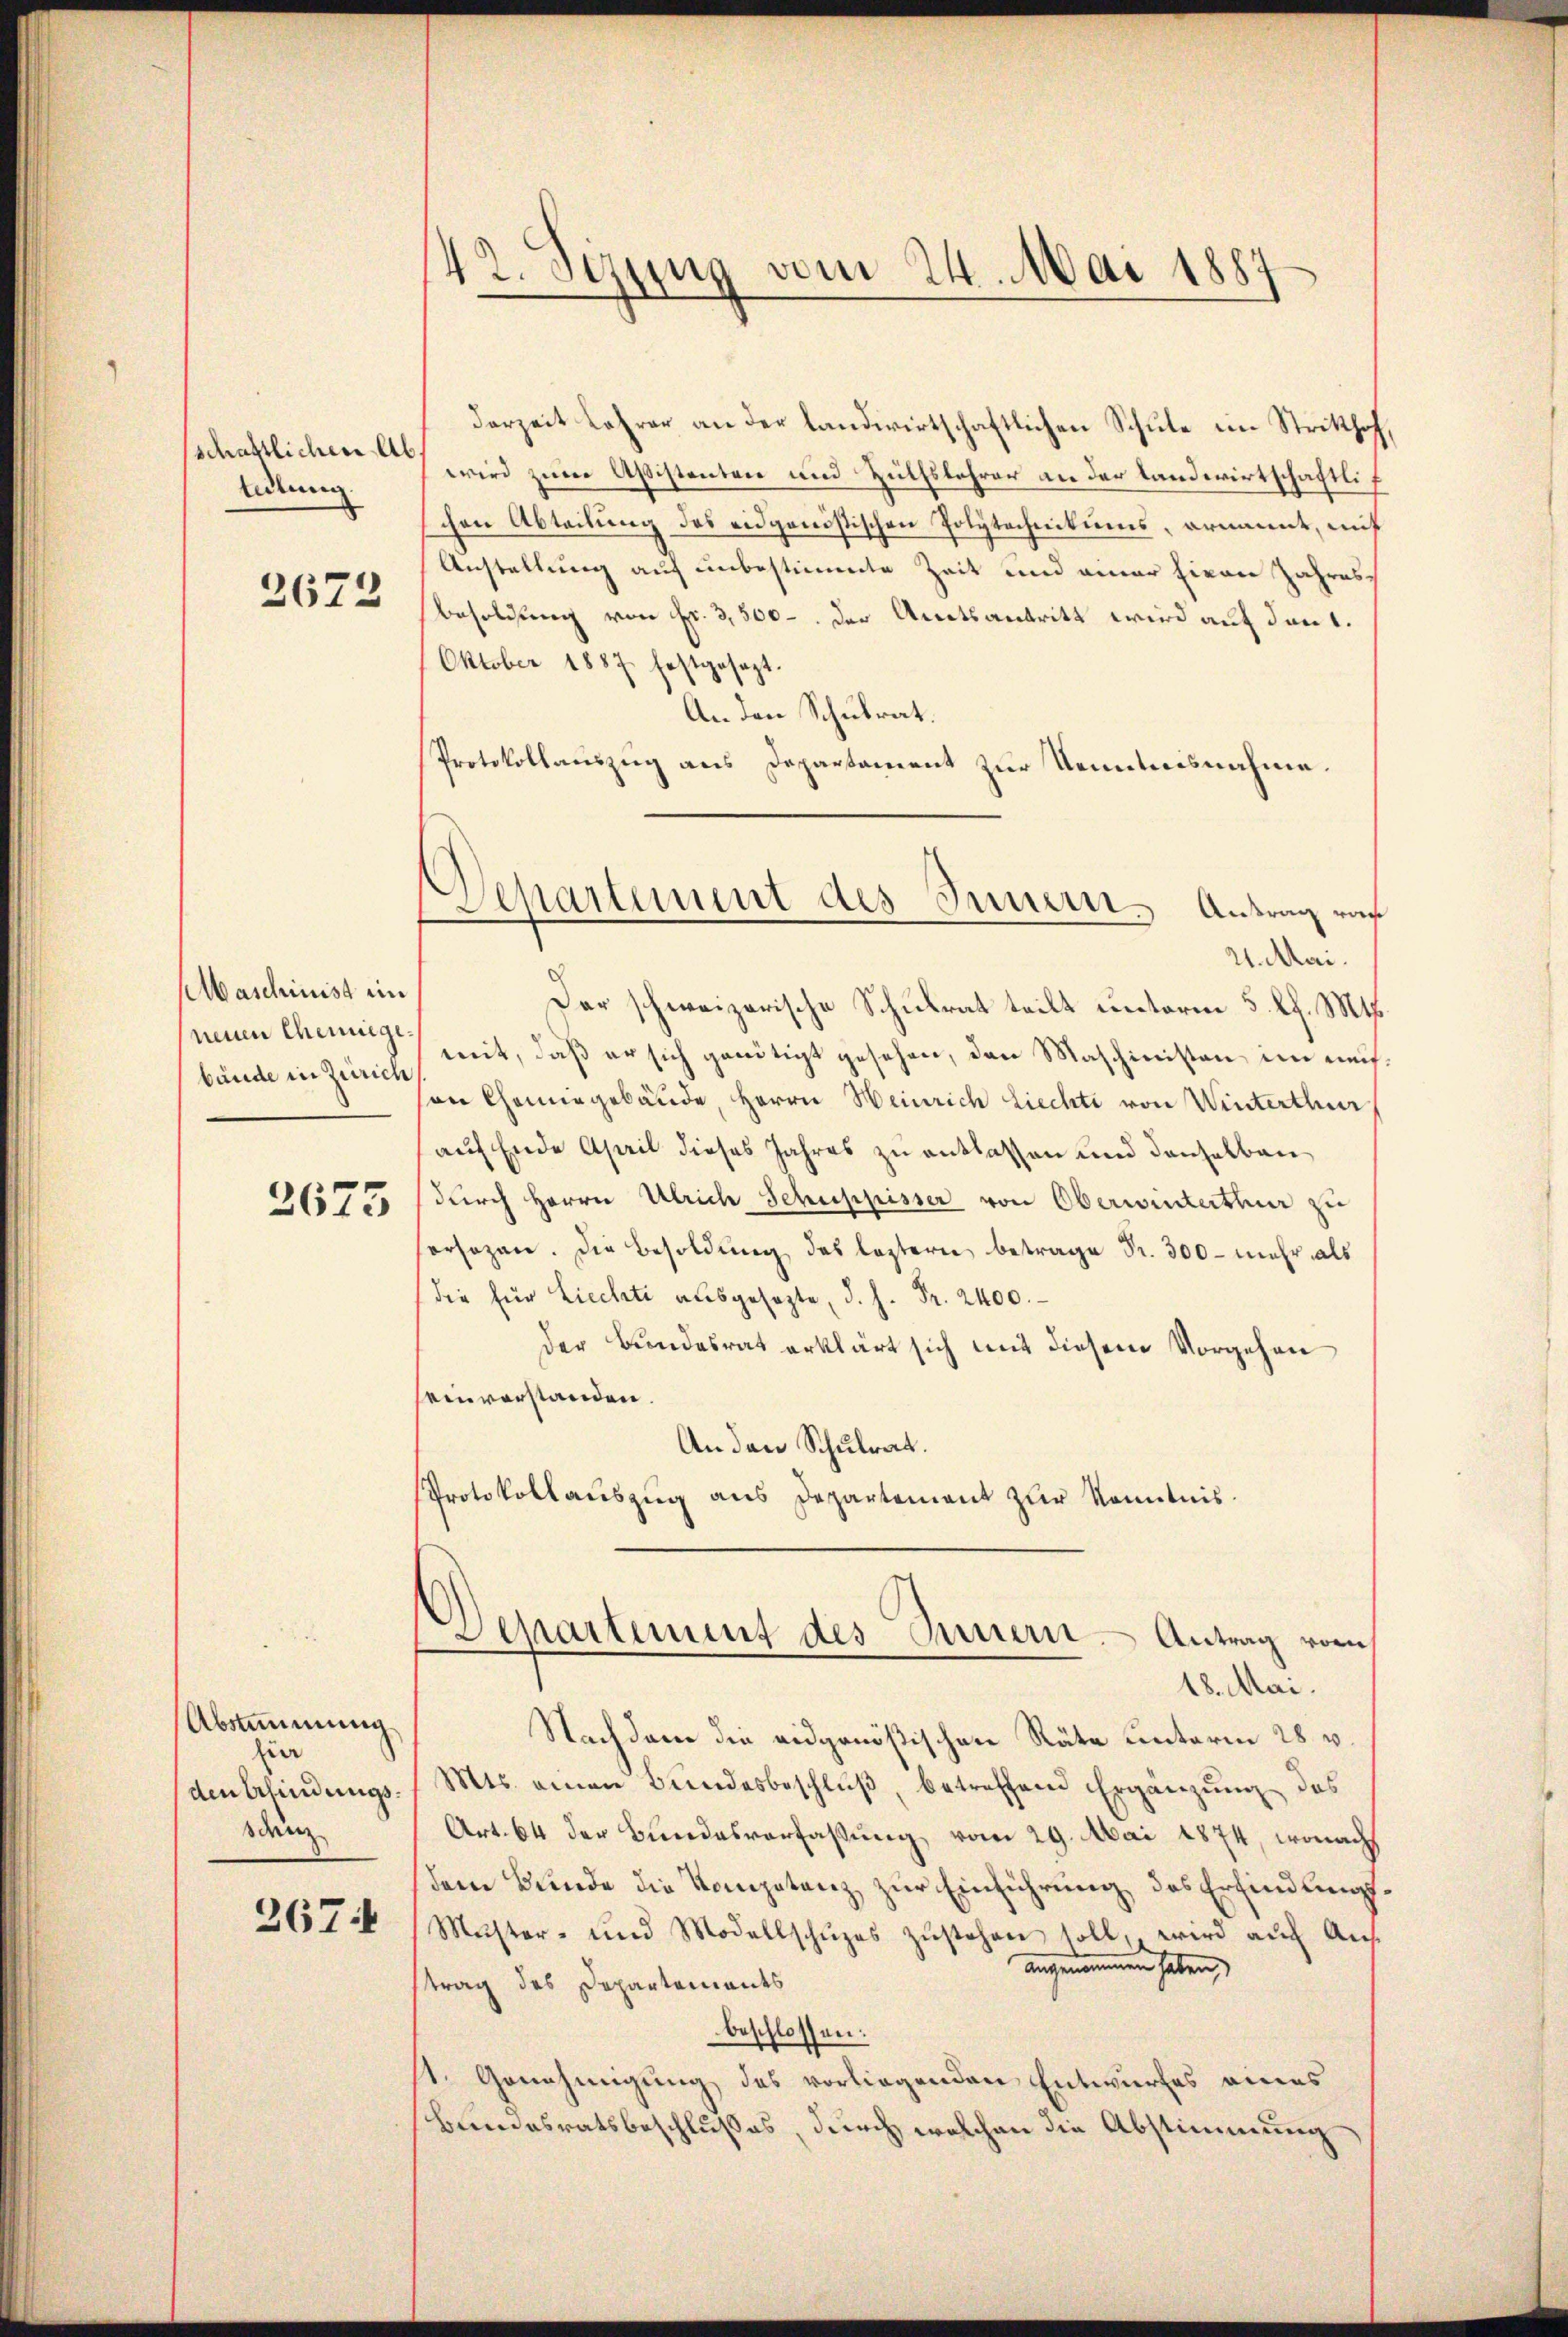
schaftlichen Abtedlung
2672

Maschinist ein
neuen Chemiege
bände in Zürich

3675

Abstimmung
fin
den Erfindungssdänz

267.

42. Sezung vom 24. Mai 1887
d

derzeit Lehrer an der landwirtschaftlichen Schule im Stritthof,
wird zum Aßistenten und Hülfslehrer an der Landwirtschaftlichen Abteilung des eidganistischen Polytechnitums, ernannt, mit
Anstellung auf unbestimmte Zeit und einer hievon Jahres
Besoldung von Fr. 3,500. der Amtsantritt wird auf den 1.
Oktober 1887 festgesagt.
An den Schulrat.
Protokollauszug aus Departament zur Kenntnisnahme.
Der schweizerische Schulrat teilt unterm 5. l. Mts.
mit, daß er sich genötigt gesehen, den Maschinisten, im mehan Chemingebäŭde, Herrn Heinrich Liechte von Winterthur
auf Ende April dieses Jahres zu entlassen und denselben
durch Herrn Ulrich Schuppisser von Oberwinterthur zu
sersagen. Die Besoldŭng des leztern betrage Fr. 300 - mehr als
die für Liechte ausgesagte, d. h. Fr. 2400.
der Bundesrat erklärt sich mit diesem Vorgehen
einverstanden.
An den Schulrat.
Protokollauszug aus Departement zur Kenntnis.

Separtement des Innern. Antrag ras
21. Mai.

Departement des Innern Antrag vom
18. Mai.

Nachdem die eidgenößischen Räte unterm 28. v.
Mts. einen Bundesbeschlŭβ, betreffend Ergänzung des
Art. 64 der Bundesverfaßung vom 29. Mai 1874, wonach
dem Bunde die Kompetenz zur Einführung des Erfindungs¬
Mŭster- und Modellschŭzes zŭstehen soll, wird aŭf Ans
angenommen haben,
strag des Departements
beschlossen:
st. Genehmigung des vorliegenden Entwurfes eines
Bundesratsbeschlußes, durch welchen die Abstimmung